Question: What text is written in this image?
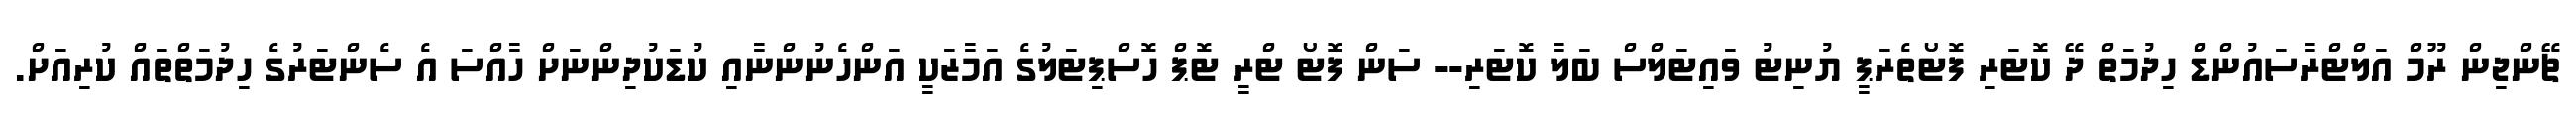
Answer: ޗޭންޖިން ރޫމް އަލްޓްރާސައުންޑް ހިދުމަތް ދޭ ކޮޓަރި ފޮޓޯތެރަޕީ ޔުނިޓު ވައިޓަލްސް ބަލާ ކޮޓަރި-- ސަން ފޮޓޯ ޓްރީ ޓޮޕް ހޮސްޕިޓަލުގެ އަމާޒަކީ އަންހެނުންނާއި ކުޑަކުދިންނަށް ހާއްސަ އެ ސެންޓަރުގެ ހިދުމަތްތައް ކުރިއަށް.